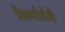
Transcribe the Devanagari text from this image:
तिरुपतीचीही